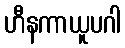
ဟီနကာယူပဂါ